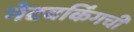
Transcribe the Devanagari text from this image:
नेटवर्किंगची